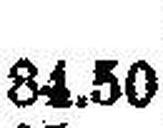
84.50